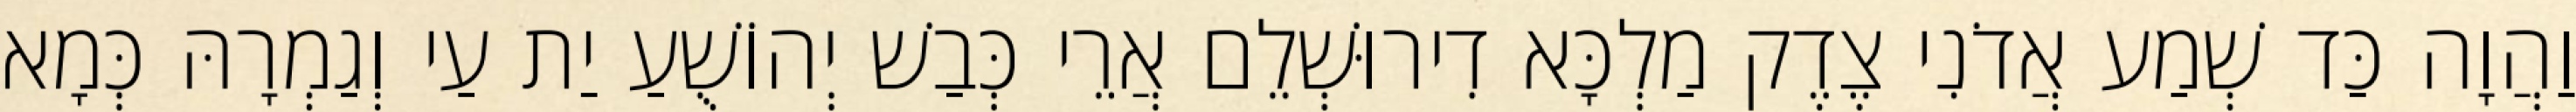
וַהֲוָה כַּד שְׁמַע אֲדֹנִי צֶדֶק מַלְכָּא דִירוּשְׁלֵם אֲרֵי כְּבַשׁ יְהוֹשֻׁעַ יַת עַי וְגַמְרָהּ כְּמָא